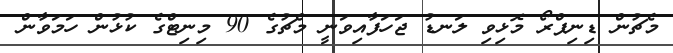
މެޗުން ޑިނިޕްރޯ މޮޅިވި ލަނޑު ޖަހަފާއިވަނީ މެޗުގެ 90 މިނިޓްގެ ކުޅުން ހަމަވާން